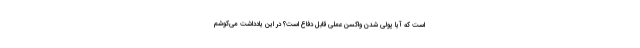
است که آیا پولی شدن واکسن عملی قابل دفاع است؟ در این یادداشت می‌کوشم